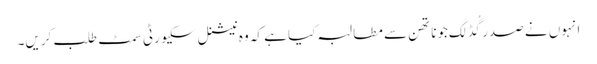
انہوں نے صدر گُڈ لَک جوناتھن سے مطالبہ کیا ہے کہ وہ نیشنل سکیورٹی سمٹ طلب کریں۔